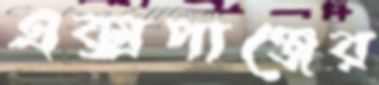
এক্সপাঞ্জের